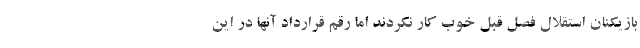
بازیکنان استقلال فصل قبل خوب کار نکردند اما رقم قرارداد آنها در این